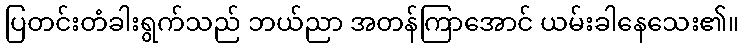
ပြတင်းတံခါးရွက်သည် ဘယ်ညာ အတန်ကြာအောင် ယမ်းခါနေသေး၏။